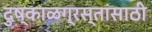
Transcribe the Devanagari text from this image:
दुष्काळग्रस्तांसाठी